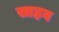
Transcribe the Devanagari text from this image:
साहव